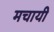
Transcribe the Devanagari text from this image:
मचायी